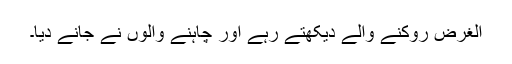
الغرض روکنے والے دیکھتے رہے اور چاہنے والوں نے جانے دیا۔